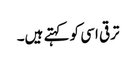
ترقی اسی کو کہتے ہیں۔